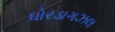
ધોરડાગઝલ